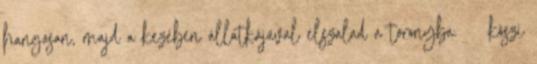
hangosan, majd a kezében állatkájával elszalad a toronyba. köszi